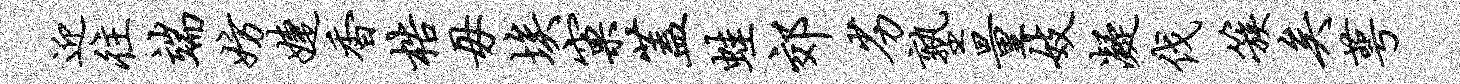
迎往端妨婕香梏毋埃窠盖蛙郊劣塾量妓凝伐簇矣萼